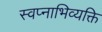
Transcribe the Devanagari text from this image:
स्वप्नाभिव्यक्ति